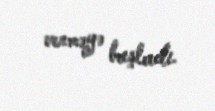
verməyə başladı.